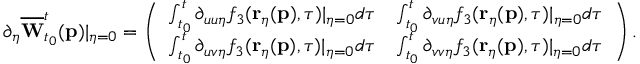
\partial _ { \eta } \overline { { \mathbf { W } } } _ { t _ { 0 } } ^ { t } ( \mathbf { p } ) \vert _ { \eta = 0 } = \left( \begin{array} { l l } { \int _ { t _ { 0 } } ^ { t } \partial _ { u u \eta } f _ { 3 } ( \mathbf { r } _ { \eta } ( \mathbf { p } ) , \tau ) \vert _ { \eta = 0 } d \tau } & { \int _ { t _ { 0 } } ^ { t } \partial _ { v u \eta } f _ { 3 } ( \mathbf { r } _ { \eta } ( \mathbf { p } ) , \tau ) \vert _ { \eta = 0 } d \tau } \\ { \int _ { t _ { 0 } } ^ { t } \partial _ { u v \eta } f _ { 3 } ( \mathbf { r } _ { \eta } ( \mathbf { p } ) , \tau ) \vert _ { \eta = 0 } d \tau } & { \int _ { t _ { 0 } } ^ { t } \partial _ { v v \eta } f _ { 3 } ( \mathbf { r } _ { \eta } ( \mathbf { p } ) , \tau ) \vert _ { \eta = 0 } d \tau } \end{array} \right) .